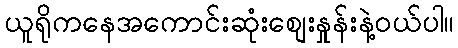
ယူရိုကနေအကောင်းဆုံးစျေးနှုန်းနဲ့ဝယ်ပါ။